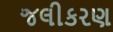
જલીકરણ